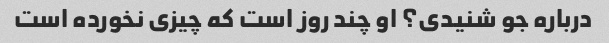
درباره جو شنیدی؟ او چند روز است که چیزی نخورده است